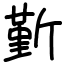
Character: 斳